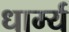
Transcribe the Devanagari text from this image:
धार्म्य